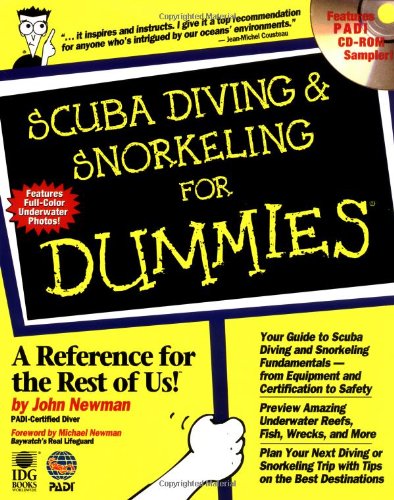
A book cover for Scuba Diving and Snorkeling For Dummies; John Newman; Sports & Outdoors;